Civil Veterinary Dept. Bombay admin report 1932-41 - 1932-1941
Year: 1932
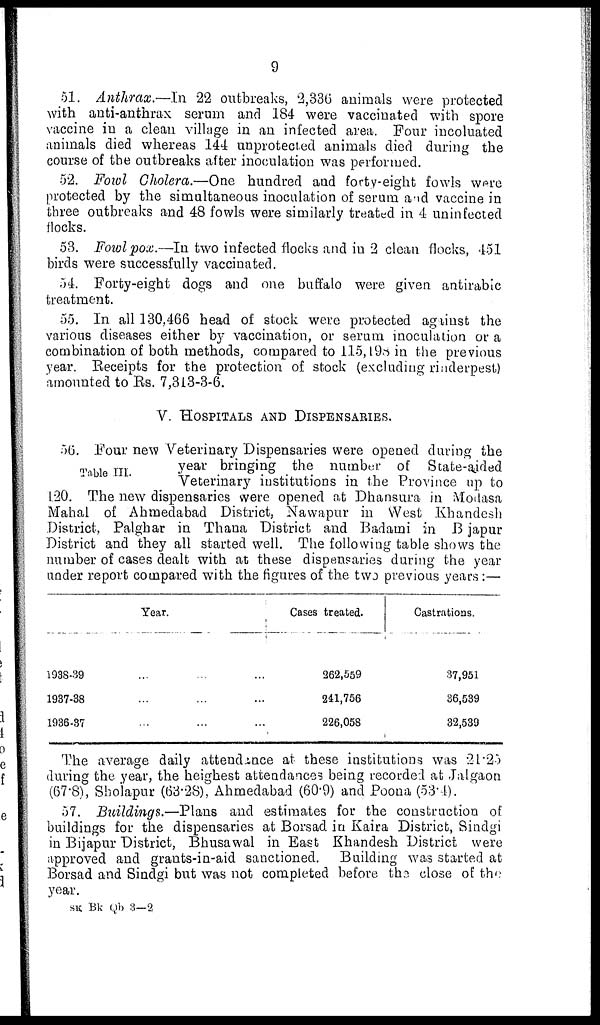
9
51. Anthrax.—In 22 outbreaks, 2,336 animals were protected
with anti-anthrax serum and 184 were vaccinated with spore
vaccine in a clean village in an infected area. Four incoluated
animals died whereas 144 unprotected animals died during the
course of the outbreaks after inoculation was performed.
52. Fowl Cholera.—One hundred and forty-eight fowls were
protected by the simultaneous inoculation of serum and vaccine in
three outbreaks and 48 fowls were similarly treated in 4 uninfected
flocks.
53. Fowl pox.—In two infected flocks and in 2 clean flocks, 451
birds were successfully vaccinated.
54. Forty-eight dogs and one buffalo were given antirabic
treatment.
55. In all 130,466 head of stock were protected against the
various diseases either by vaccination, or serum inoculation or a
combination of both methods, compared to 115,198 in the previous
year. Receipts for the protection of stock (excluding rinderpest)
amounted to Rs. 7,313-3-6.
V. HOSPITALS AND DISPENSARIES.
Table III.
56. Four new Veterinary Dispensaries were opened during the
year bringing the number of State-aided
Veterinary institutions in the Province up to
120. The new dispensaries were opened at Dhansura in Modasa
Mahal of Ahmedabad District, Nawapur in West Khandesh
District, Palghar in Thana District and Badami in Bijapur
District and they all started well. The following table shows the
number of cases dealt with at these dispensaries during the year
under report compared with the figures of the two previous years:—
Year.
1938-39 ... ... ...
1937-38 ... ... ...
1936-37 ... ... ...
Cases treated.
262,559
241,756
226,058
Castrations.
37,951
36,539
32,539
The average daily attendance at these institutions was 21.25
during the year, the heighest attendances being recorded at Jalgaon
(67.8), Sholapur (63.28), Ahmedabad (60.9) and Poona (53.4).
57. Buildings.—Plans and estimates for the construction of
buildings for the dispensaries at Borsad in Kaira District, Sindgi
in Bijapur District, Bhusawal in East Khandesh District were
approved and grants-in-aid sanctioned. Building was started at
Borsad and Sindgi but was not completed before the close of the
year.
SK Bk Qb 3—2